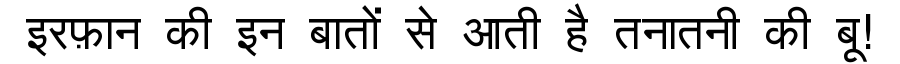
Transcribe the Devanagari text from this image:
इरफ़ान की इन बातों से आती है तनातनी की बू!